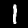
Label: 1